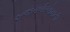
અજાયબીઓમાની